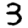
Digit: 3